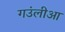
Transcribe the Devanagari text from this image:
गउंलीआ